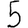
Digit: 5